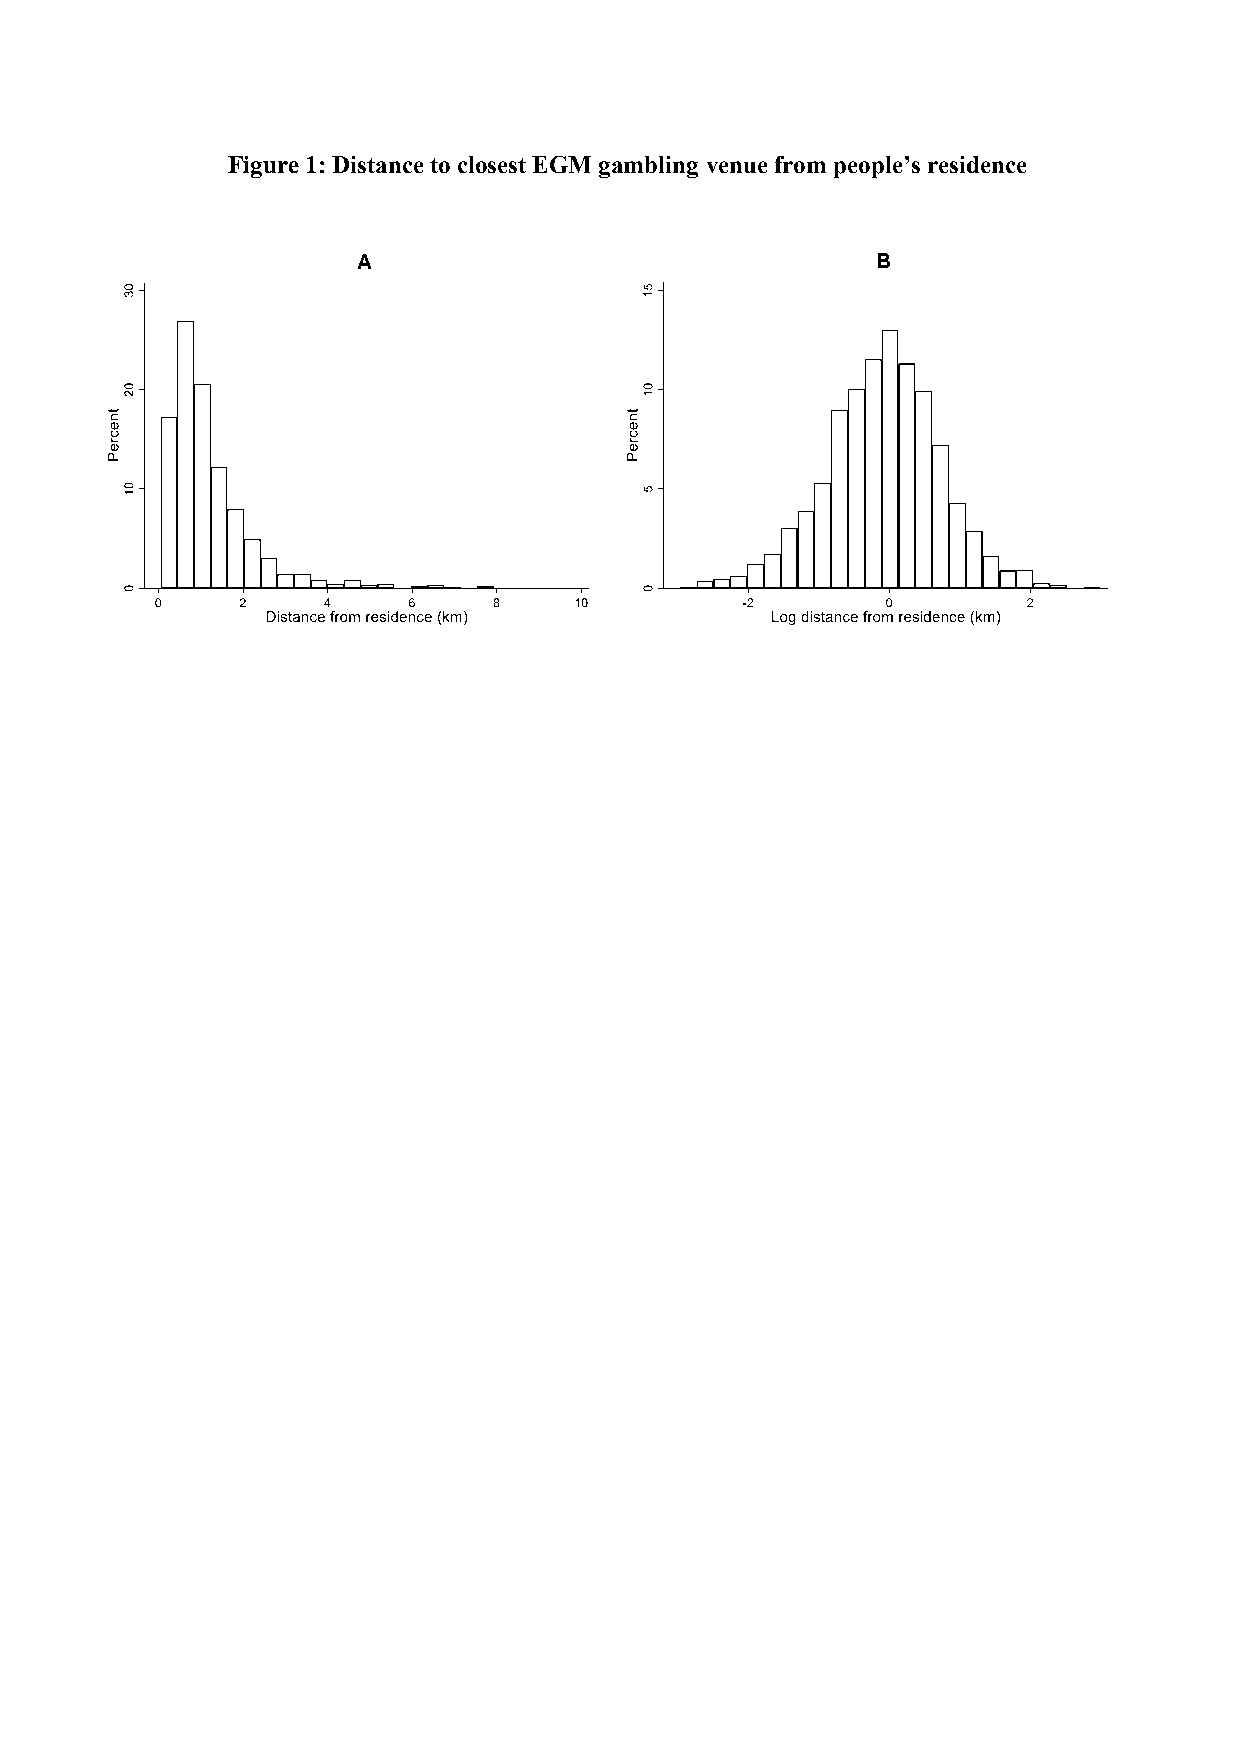
Figure 1: Distance to closest EGM gambling venue from people’s residence
 A                                 B